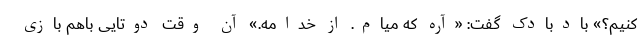
کنیم؟» بادبادک گفت: «آره که میام. از خدامه.» آن وقت دوتایی باهم بازی